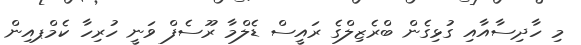
މި ހާދިސާއާއި ގުޅިގެން ބްރެޒިލްގެ ރައީސް ޑެލްމާ ރޫސެފް ވަނީ ހުރިހާ ކެމްޕއިން